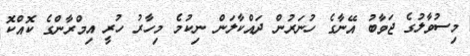
މިސުވާލުގެ ޖަވާބު އޭނާގެ ހުނަރުން ދައްކާލަން ނިކުމެ މިހާރު ހުރީ އިމްރާންގެ ކޮއްކޮ